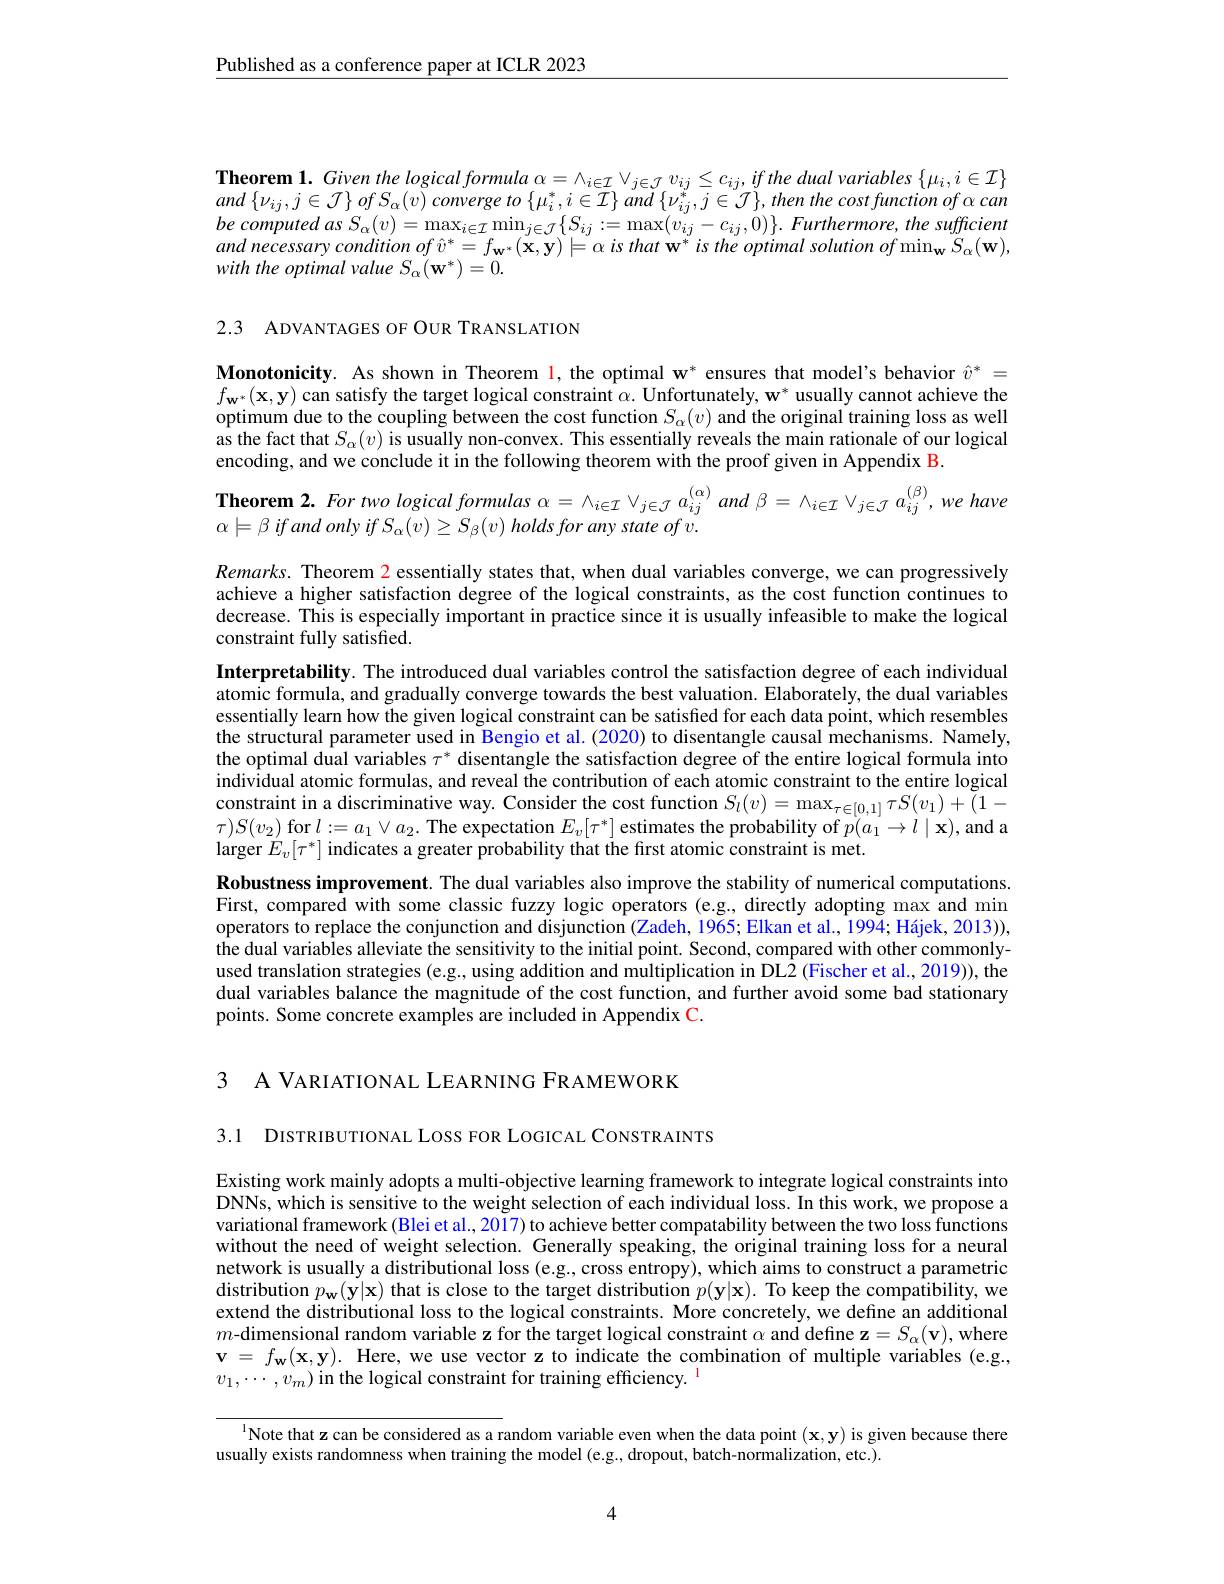
$\underline{\text{Published as a conference paper at ICLR 2023}}$

Theorem $1.Given$ the logical formula $\alpha=\wedge_{i\in\mathcal I}\vee_{j\in\mathcal J}v_{ij}\leq c_{ij},ifthe$ dual variables $\{\mu_i,i\in\mathcal{I}\}$ $and\left\{\nu_{ij},j\in\mathcal{J}\right\}ofS_{\alpha}(v)$ converge to $\{\mu_{i}^{*},i\in\mathcal{I}\}$ and $\{\nu_{ij}^{*},j\in\mathcal{J}\}$, then the cost function of $\alpha$ can $be$ computed $as$ $S_{\alpha }( v) = \max _{i\in \mathcal{I} }\min _{j\in \mathcal{J} }\{ S_{ij}: = \max ( v_{ij}- c_{ij}, 0) \} .$ $Furthermore$, the sufficient and necessary condition $of\hat{v}^{*}=f_{\mathbf{w}^{*}}(\mathbf{x},\mathbf{y})\models\alpha is$ that w$^{*}is$ the optimal solution of$\min_{\mathbf{w}}\bar{S}_{\alpha}(\mathbf{w})$, with the optimal value S α( w*)=0.

2.3 ADVANTAGES OF OUR TRANSLATION

Monotonicity. As shown in Theorem l, the optimal w* ensures that model's behavior $\hat{v}^*=$ $f_{\mathbf{w}^*}(\mathbf{x},\mathbf{y})$ can satisfy the target logical constraint $\alpha.\textbf{ Unfortunately, w}^*$ usually cannot achieve the optimum due to the coupling between the cost function $S_\alpha(v)$ and the original training loss as well $\hat{\text{as the fact that }S_{\alpha}(v)\text{ is usually non-convex. This essentially reveals the main rationale of our logical}}$ encoding, and we conclude it in the following theorem with the proof given in Appendix B.
Theorem $2.Fortwologicalformulas\alpha=\wedge_{i\in\mathcal{I}}\vee_{j\in\mathcal{J}}a_{ij}^{(\alpha)}and\beta=\wedge_{i\in\mathcal{I}}\vee_{j\in\mathcal{J}}a_{ij}^{(\beta)},we$ have
$\alpha\models\beta$ if and only if $S_{\alpha}(v)\geq S_{\beta}(v)$ holds for any state of v.

$Remarks.$ Theorem 2 essentially states that, when dual variables converge, we can progressively achieve a higher satisfaction degree of the logical constraints, as the cost function continues to decrease. This is especially important in practice since it is usually infeasible to make the logical constraint fully satisfied.
Interpretability. The introduced dual variables control the satisfaction degree of each individual atomic formula, and gradually converge towards the best valuation. Elaborately, the dual variables essentially learn how the given logical constraint can be satisfied for each data point, which resembles the structural parameter used in Bengio et al. (2020) to disentangle causal mechanisms. Namely, the optimal dual variables $\tau^*$ disentangle the satisfaction degree of the entire logical formula into individual atomic formulas, and reveal the contribution of each atomic constraint to the entire logical constraint in a discriminative way. Consider the cost function $S_l(v)=\max_{\tau\in[0,1]}\tau S(v_1)+\tilde{(}1-$ $\begin{array}{c}{\tau)S(v_{2})\mathrm{~for~}l:=a_{1}\vee a_{2}.\mathrm{~The~expectation~}E_{v}[\tau^{*}]\text{ estimates the probability of }p(a_{1}\to l\mid\mathbf{x}),\mathrm{and~a}}\\{\tau)S(v_{2})\mathrm{~for~}l:=a_{1}\vee a_{2}.\mathrm{~The~expectation~}E_{v}[\tau^{*}]\text{ estimates the probability of p}(a_{1}\to l\mid\mathbf{x}),\mathrm{and~a}}\end{array}$ larger $E_v[\tau^*]$ indicates a greater probability that the first atomic constraint is met.
Robustness improvement. The dual variables also improve the stability of numerical computations. First, compared with some classic fuzzy logic operators (e.g., directly adopting max and min operators to replace the conjunction and disjunction (Zadeh, 1965; Elkan et al., 1994; Hájek, 2013)), the dual variables alleviate the sensitivity to the initial point. Second, compared with other commonlyused translation strategies (e.g, using addition and multiplication in DL2 (Fischer et al., 2019)), the

dual variables balance the magnitude of the cost function, and further avoid some bad stationary
points. Some concrete examples are included in Appendix C.

3 A VARIATIONAL LEARNING FRAMEWORK

3.1 DISTRIBUTIONAL LOSS FOR LOGICAL CONSTRAINTS

Existing work mainly adopts a multi-objective learning framework to integrate logical constraints into DNNs, which is sensitive to the weight selection of each individual loss. In this work, we propose a variational framework (Blei et al., 2017) to achieve better compatability between the two loss functions without the need of weight selection. Generally speaking, the original training loss for a neural network is usually a distributional loss (e.g., cross entropy), which aims to construct a parametric distribution $p_\mathbf{w}(\mathbf{y}|\mathbf{x})$ that is close to the target distribution $p(\mathbf{y}|\mathbf{x}).$ To keep the compatibility, we extend the distributional loss to the logical constraints. More concretely, we define an additional $m$-dimensional random variable z for the target logical constraint $\alpha$ and define $\mathbf{z}=S_\alpha(\mathbf{v})$, where $\mathbf{v}=f_{\mathbf{w}}(\mathbf{x},\mathbf{y}).$ Here, we use vector z to indicate the combination of multiple variables (e.g., $v_1,\cdots,v_m)$ in the logical constraint for training efficiency.

$^{1}$Note that z can be considered as a random variable even when the data point $(\mathbf{x},\mathbf{y})$ is given because there

usually exists randomness when training the model (e.g., dropout, batch-normalization, etc.).

4